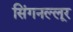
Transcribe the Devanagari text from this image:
सिंगनल्लूर